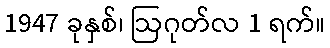
1947 ခုနှစ်၊ ဩဂုတ်လ 1 ရက်။